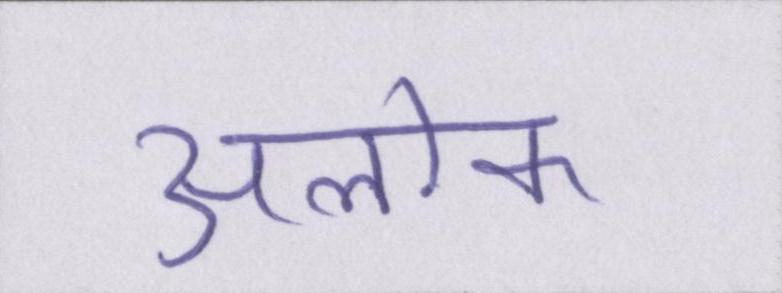
अलोक